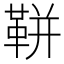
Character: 𩊖